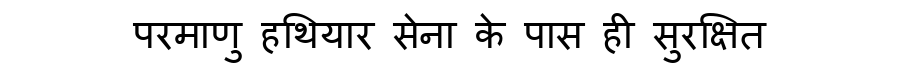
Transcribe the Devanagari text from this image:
परमाणु हथियार सेना के पास ही सुरक्षित